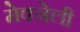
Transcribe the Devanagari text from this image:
मेक्नेली